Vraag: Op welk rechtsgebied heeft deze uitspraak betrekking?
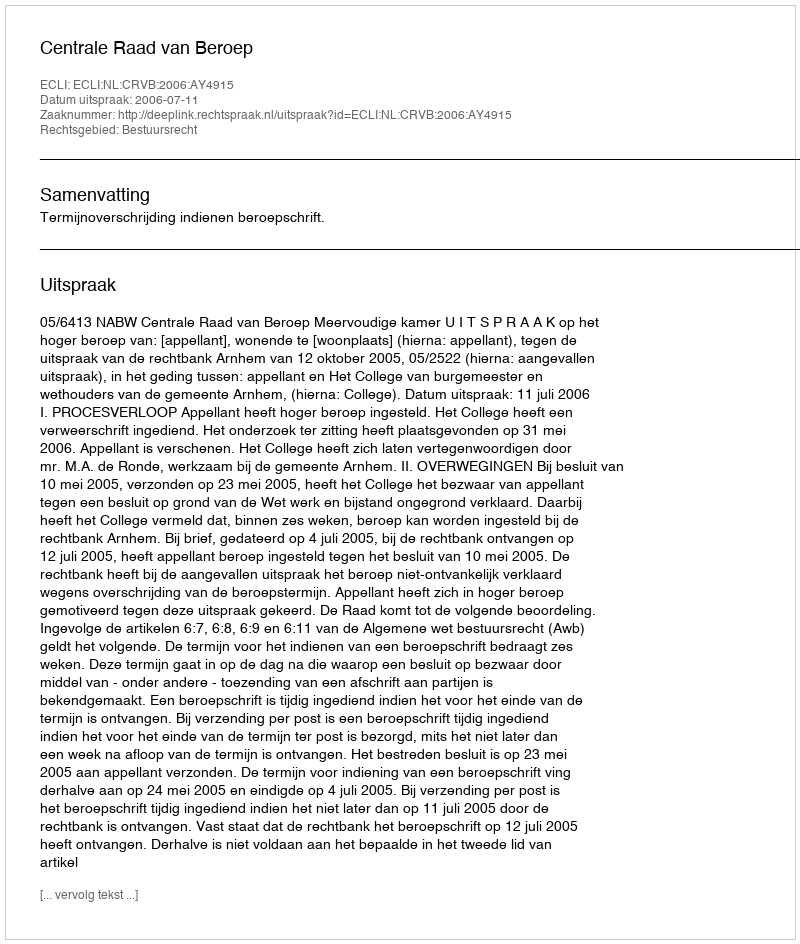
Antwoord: Bestuursrecht